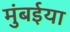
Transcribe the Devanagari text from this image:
मुंबईया